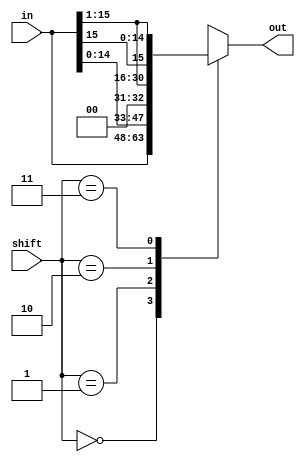
module shifter(shift, in, out);
 
  input [1:0] shift;
  input [15:0] in;
  output [15:0] out; 
  reg [15:0] out;
 
  `define NoShift           2'b00
  `define ShiftLeft         2'b01
  `define ShiftRight        2'b10
  `define ShiftRightMSBCopy 2'b11

  always @(*) begin
	case(shift)
	  `NoShift: 	      out = in;
	  `ShiftLeft:         out = in<<1;
	  `ShiftRight:        out = in>>1;
	  `ShiftRightMSBCopy: out = {in[15],in[15:1]};
	  default:	      out = 16'bxxxxxxxxxxxxxxxx;
 	endcase
  end


endmodule